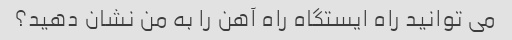
می توانید راه ایستگاه راه آهن را به من نشان دهید؟